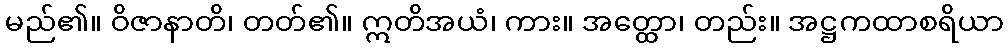
မည်၏။ ဝိဇာနာတိ၊ တတ်၏။ ဣတိအယံ၊ ကား။ အတ္ထော၊ တည်း။ အဋ္ဌကထာစရိယာ